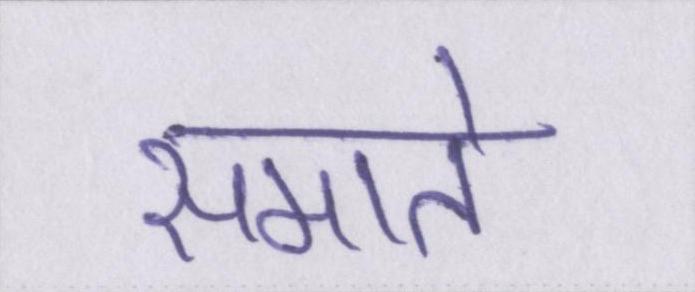
समाते